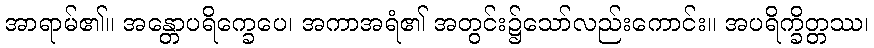
အာရာမ်၏။ အန္တောပရိက္ခေပေ၊ အကာအရံ၏ အတွင်း၌သော်လည်းကောင်း။ အပရိက္ခိတ္တဿ၊